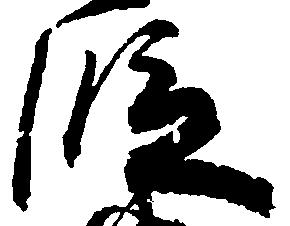
段